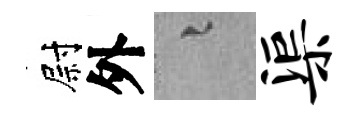
尉外融渠